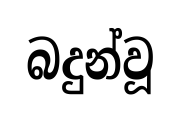
බදුන්වූ